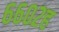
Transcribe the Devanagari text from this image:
६६०२ह